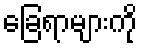
ခြေရာများကို